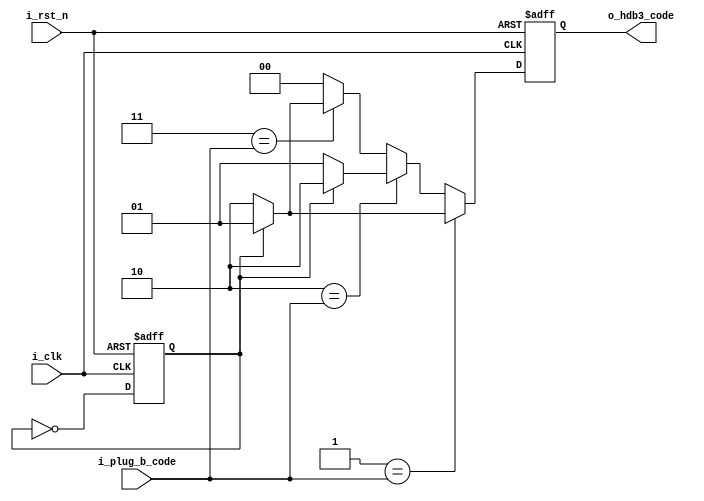
`timescale 1ns/1ns

module hdb3_d2t(
  input i_rst_n,
  input i_clk,
  input [1:0] i_plug_b_code,
  output reg [1:0] o_hdb3_code
 );
 
 reg r_not_0_parity;
 
 always@(posedge i_clk,negedge i_rst_n)
 begin
   if(1'b0==i_rst_n)
   begin
     r_not_0_parity<=1'b0;
     o_hdb3_code<=2'b0;
   end
   else
   begin
     if(2'b01==i_plug_b_code)
       if(1'b1==r_not_0_parity)
       begin
         o_hdb3_code<=2'b01;
         r_not_0_parity<=~r_not_0_parity;
       end
       else
       begin
         o_hdb3_code<=2'b10;
         r_not_0_parity<=~r_not_0_parity;
       end
     else if(2'b10==i_plug_b_code)
       if(1'b1==r_not_0_parity)
       begin
         o_hdb3_code<=2'b10;
         r_not_0_parity<=~r_not_0_parity;
       end
       else
       begin
         o_hdb3_code<=2'b01;
         r_not_0_parity<=~r_not_0_parity;
       end
     else if(2'b11==i_plug_b_code)
       if(1'b1==r_not_0_parity)
       begin
         o_hdb3_code<=2'b01;
         r_not_0_parity<=~r_not_0_parity;
       end
       else
       begin
         o_hdb3_code<=2'b10;
         r_not_0_parity<=~r_not_0_parity;
       end
     else
       begin
         o_hdb3_code<=2'b0;
         r_not_0_parity<=~r_not_0_parity;
       end
    end
  end
 endmodule